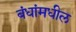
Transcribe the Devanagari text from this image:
बंधांमधील